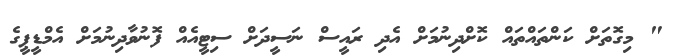
" މިގޮތަށް ކަންތައްތައް ކޮށްދިނުމަށް އެދި ރައީސް ނަސީދަށް ސިޓީއެއް ފޮނުވާދިނުމަށް އެމްޑީޕީގެ